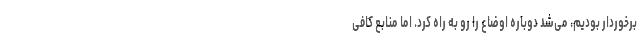
برخوردار بودیم، می‌شد دوباره اوضاع را رو به راه کرد. اما منابع کافی